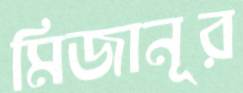
মিজানূর